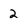
Character: 2